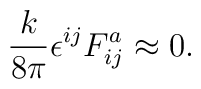
{k \over 8\pi} \epsilon^{ij} F^a_{ij} \approx 0.